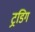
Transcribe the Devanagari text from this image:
ट्रडिग